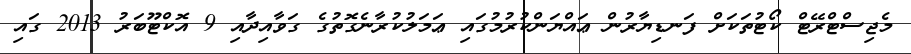
މެޖިސްޓްރޭޓް ކޯޓުތަކަށް ފަނޑިޔާރުން ޢައްޔަންކުރުމުގައި ޢަމަލުކުރާނެގޮތުގެ ގަވާއިދާއި 9 އޮކްޓޫބަރު 2013 ގައި